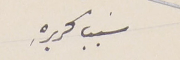
سَبب تحريرهِ